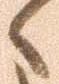
々